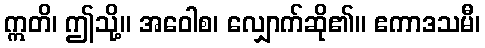
ဣတိ၊ ဤသို့။ အဝေါစ၊ လျှောက်ဆို၏။ ဧကာဒသမီ၊